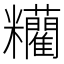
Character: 𥽼